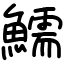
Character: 鱬